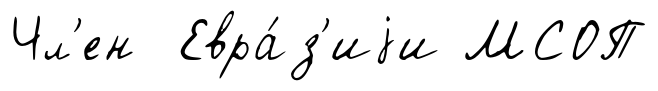
Чл'ен Евра́з'иjи МСОП